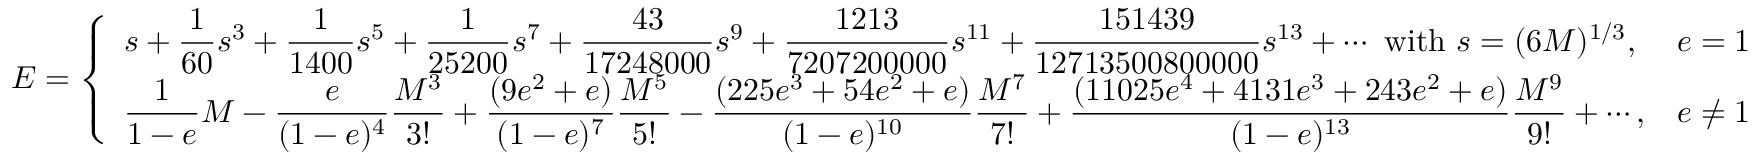
E = { \left\{ \begin{array} { l l } { \displaystyle s + { \frac { 1 } { 6 0 } } s ^ { 3 } + { \frac { 1 } { 1 4 0 0 } } s ^ { 5 } + { \frac { 1 } { 2 5 2 0 0 } } s ^ { 7 } + { \frac { 4 3 } { 1 7 2 4 8 0 0 0 } } s ^ { 9 } + { \frac { 1 2 1 3 } { 7 2 0 7 2 0 0 0 0 0 } } s ^ { 1 1 } + { \frac { 1 5 1 4 3 9 } { 1 2 7 1 3 5 0 0 8 0 0 0 0 0 } } s ^ { 1 3 } + \cdots { \mathrm { ~ w i t h ~ } } s = ( 6 M ) ^ { 1 / 3 } , } & { e = 1 } \\ { \displaystyle { \frac { 1 } { 1 - e } } M - { \frac { e } { ( 1 - e ) ^ { 4 } } } { \frac { M ^ { 3 } } { 3 ! } } + { \frac { ( 9 e ^ { 2 } + e ) } { ( 1 - e ) ^ { 7 } } } { \frac { M ^ { 5 } } { 5 ! } } - { \frac { ( 2 2 5 e ^ { 3 } + 5 4 e ^ { 2 } + e ) } { ( 1 - e ) ^ { 1 0 } } } { \frac { M ^ { 7 } } { 7 ! } } + { \frac { ( 1 1 0 2 5 e ^ { 4 } + 4 1 3 1 e ^ { 3 } + 2 4 3 e ^ { 2 } + e ) } { ( 1 - e ) ^ { 1 3 } } } { \frac { M ^ { 9 } } { 9 ! } } + \cdots , } & { e \neq 1 } \end{array} \right. }